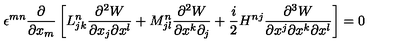
\epsilon ^ { m n } \displaystyle \frac { \partial } { \partial x _ { m } } \left[ L _ { j k } ^ { n } \frac { \partial ^ { 2 } W } { \partial x _ { j } \partial x ^ { l } } + M _ { j l } ^ { n } \frac { \partial ^ { 2 } W } { \partial x ^ { k } \partial _ { j } } + \frac { i } { 2 } H ^ { n j } \frac { \partial ^ { 3 } W } { \partial x ^ { j } \partial x ^ { k } \partial x ^ { l } } \right] = 0